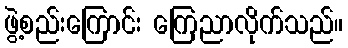
ဖွဲ့စည်းကြောင်း ကြေညာလိုက်သည်။